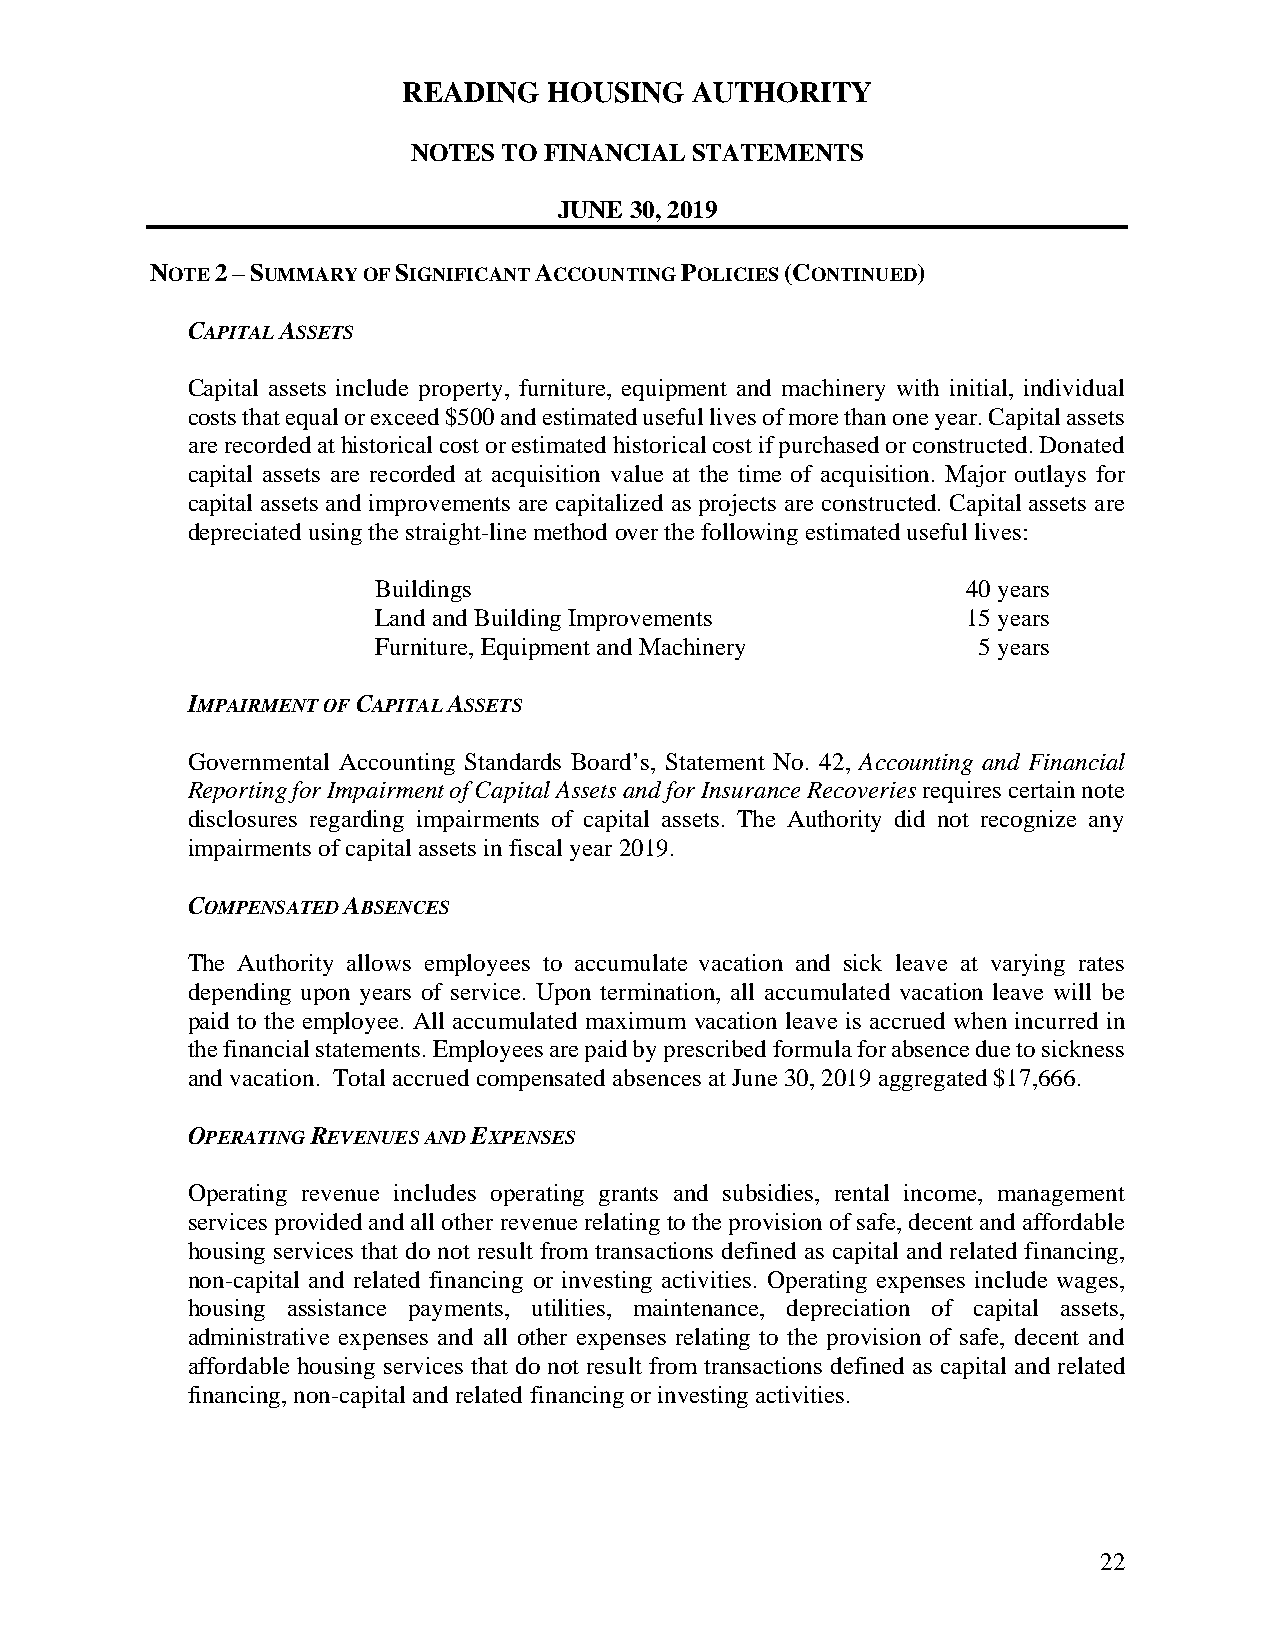
READING  HOUSING   AUTHORITY
 NOTES TO FINANCIAL STATEMENTS
 JUNE 30, 2019
 NOTE 2 – SUMMARY OF SIGNIFICANT ACCOUNTING POLICIES (CONTINUED)
 CAPITAL ASSETS
 Capital assets include property, furniture, equipment and machinery with initial, individual
 costs that equal or exceed $500 and estimated useful lives of more than one year. Capital assets
 are recorded at historical cost or estimated historical cost if purchased or constructed. Donated
 capital assets are recorded at acquisition value at the time of acquisition. Major outlays for
 capital assets and improvements are capitalized as projects are constructed. Capital assets are
 depreciated using the straight-line method over the following estimated useful lives:
 Buildings                              40 years
 Land and Building Improvements         15 years
 Furniture, Equipment and Machinery      5 years
 IMPAIRMENT OF CAPITAL ASSETS
 Governmental Accounting Standards Board’s, Statement No. 42, Accounting and Financial
 Reporting for Impairment of Capital Assets and for Insurance Recoveries requires certain note
 disclosures regarding impairments of capital assets. The Authority did not recognize any
 impairments of capital assets in fiscal year 2019.
 COMPENSATED ABSENCES
 The Authority allows employees to accumulate vacation and sick leave at varying rates
 depending upon years of service. Upon termination, all accumulated vacation leave will be
 paid to the employee. All accumulated maximum vacation leave is accrued when incurred in
 the financial statements. Employees are paid by prescribed formula for absence due to sickness
 and vacation. Total accrued compensated absences at June 30, 2019 aggregated $17,666.
 OPERATING REVENUES AND EXPENSES
 Operating revenue includes operating grants and subsidies, rental income, management
 services provided and all other revenue relating to the provision of safe, decent and affordable
 housing services that do not result from transactions defined as capital and related financing,
 non-capital and related financing or investing activities. Operating expenses include wages,
 housing assistance payments, utilities, maintenance, depreciation of capital assets,
 administrative expenses and all other expenses relating to the provision of safe, decent and
 affordable housing services that do not result from transactions defined as capital and related
 financing, non-capital and related financing or investing activities.
 22